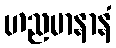
ဟညမာနာနံ